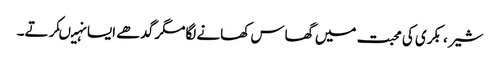
شیر ، بکری کی محبت میں گھاس کھانے لگامگر گدھے ایسا نہیںکرتے۔